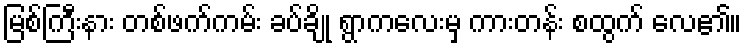
မြစ်ကြီးနား တစ်ဖက်ကမ်း ခပ်ချို ရွာကလေးမှ ကားတန်း စထွက် လေ၏။